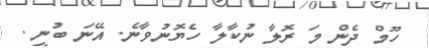
ހޫމް ދެން މަ ރޮލާ ނުކާލާ ހެޔޮނުވާނެ. އޭނަ ބުނީ .